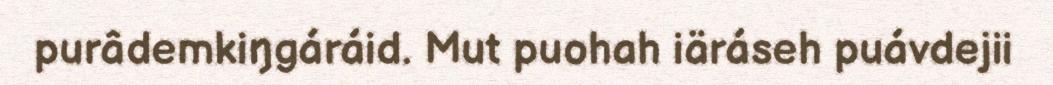
purâdemkiŋgáráid. Mut puohah iäráseh puávdejii